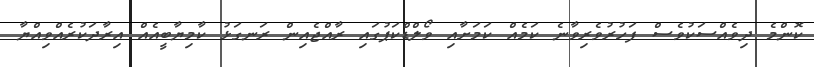
ކޮންމެ ދިވެއްސަކުވެސް ފަހުރުވެރިވާނެ ކަމެއް ކަމަށާއި ވޯލްޑްކަޕުގައި ރާއްޖެއިން ރަނގަޅު ކާމިޔާބީއެއްް އިރާދަކުރެެއްވިއްޔާ